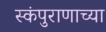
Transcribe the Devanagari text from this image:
स्कंपुराणाच्या